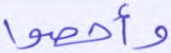
وأحصوا